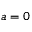
a = 0